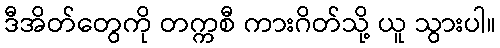
ဒီအိတ်တွေကို တက္ကစီ ကားဂိတ်သို့ ယူ သွားပါ။